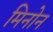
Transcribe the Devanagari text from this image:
मिनोन